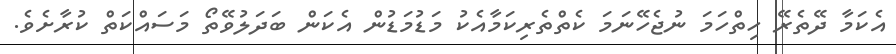
އެކަމާ ދޭތެރޭ ހިތްހަމަ ނުޖެހޭނަމަ ކެތްތެރިކަމާއެކު މަޑުމަޑުން އެކަން ބަދަލުވޭތޯ މަސައްކަތް ކުރާށެވެ.